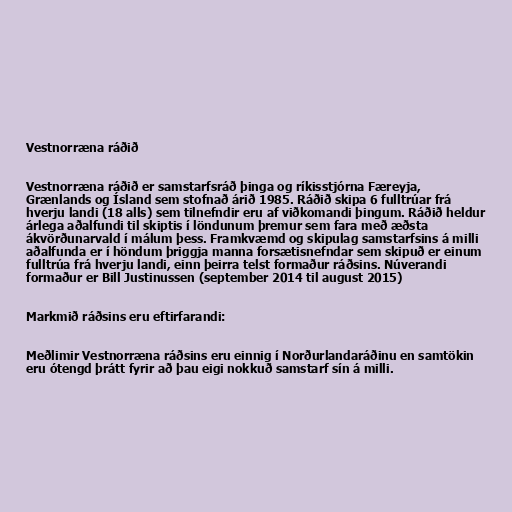
Vestnorræna ráðið

Vestnorræna ráðið er samstarfsráð þinga og ríkisstjórna Færeyja,
Grænlands og Ísland sem stofnað árið 1985. Ráðið skipa 6 fulltrúar frá
hverju landi (18 alls) sem tilnefndir eru af viðkomandi þingum. Ráðið heldur
árlega aðalfundi til skiptis í löndunum þremur sem fara með æðsta
ákvörðunarvald í málum þess. Framkvæmd og skipulag samstarfsins á milli
aðalfunda er í höndum þriggja manna forsætisnefndar sem skipuð er einum
fulltrúa frá hverju landi, einn þeirra telst formaður ráðsins. Núverandi
formaður er Bill Justinussen (september 2014 til august 2015)

Markmið ráðsins eru eftirfarandi:

Meðlimir Vestnorræna ráðsins eru einnig í Norðurlandaráðinu en samtökin
eru ótengd þrátt fyrir að þau eigi nokkuð samstarf sín á milli.